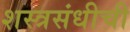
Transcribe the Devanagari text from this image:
शस्त्रसंधीची